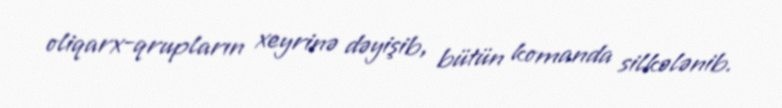
oliqarx-qrupların xeyrinə dəyişib, bütün komanda silkələnib.